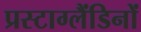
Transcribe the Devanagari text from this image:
प्रस्टाग्लैंडिनों